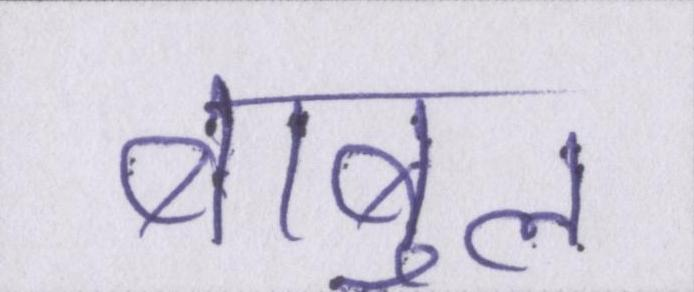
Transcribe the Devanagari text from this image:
बाबुल